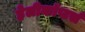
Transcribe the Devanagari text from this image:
हेलीकॉप्टर्स